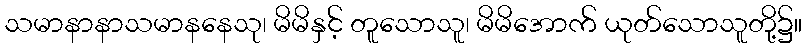
သမာနာနာသမာနနေသု၊ မိမိနှင့် တူသောသူ၊ မိမိအောက် ယုတ်သောသူတို့၌။